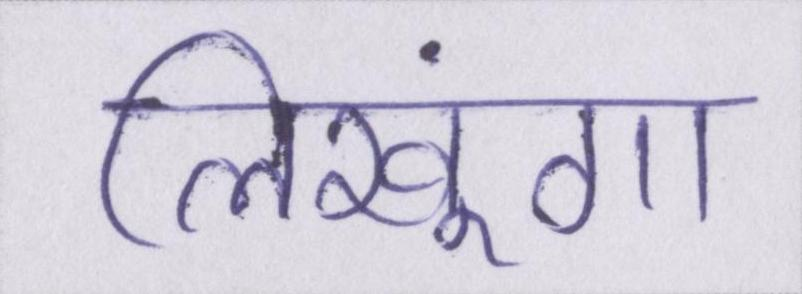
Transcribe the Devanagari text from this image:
लिखूंगा